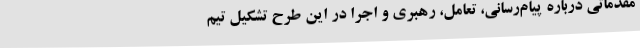
مقدماتی درباره پیام‌رسانی، تعامل، رهبری و اجرا در این طرح تشکیل تیم